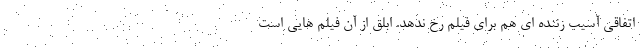
اتفاقی آسیب زننده ای هم برای فیلم رخ ندهد. ابلق از آن فیلم هایی است